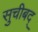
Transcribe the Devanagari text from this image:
सुचीबद्